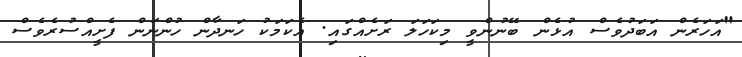
"އަހަރެން އަބަދުވެސް އުޅެން ބޭނުންވީ މިކަހަލަ ރަށެއްގައި. އެކަމަކު ހަނދާން ހުންނަން ފެށީއްސުރެވެސް